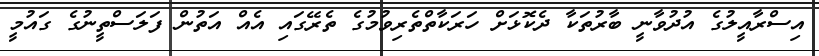
އިސްރާއީލުގެ އުދުވާނީ ބާރުތަކާ ދެކޮޅަށް ހަރަކާތްތެރިވުމުގެ ތެރޭގައި އެއް އަތުން ފަލަސްތީނުގެ ގައުމީ